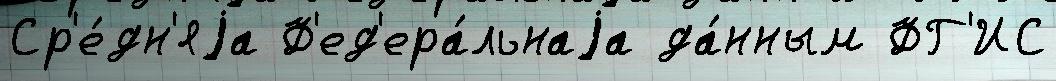
Ср'е́дн'яjа Ф'ед'ера́льнаjа да́нным ФГ'ИС